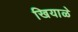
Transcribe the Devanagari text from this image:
खियाळे